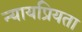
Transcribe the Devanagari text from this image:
न्‍यायप्रियता